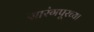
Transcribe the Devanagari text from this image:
सारंगपूरच्या